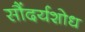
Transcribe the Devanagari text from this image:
सौंदर्यशोध